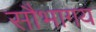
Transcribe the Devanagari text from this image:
सौभागय